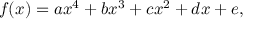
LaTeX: f ( x ) = a x ^ { 4 } + b x ^ { 3 } + c x ^ { 2 } + d x + e ,